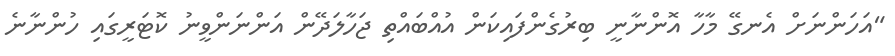
"އަހަންނަށް އެނގޭ މާހާ އޮންނާނީ ބިރުގެންފައިކަން އުއްބައްތި ޖަހާލަދޭން އަންނަންވީނު ކޮޓަރީގައި ހުންނާނެ